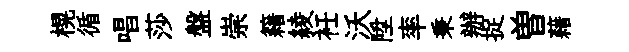
榥循唱莎盤崇籍綾衽沃陞率秉辦捉曽藉